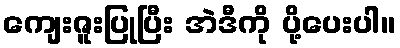
ကျေးဇူးပြုပြီး အဲဒီကို ပို့ပေးပါ။